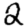
Digit: 2